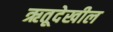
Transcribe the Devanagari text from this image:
ऋतूदेखील